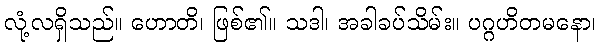
လုံ့လရှိသည်။ ဟောတိ၊ ဖြစ်၏။ သဒါ၊ အခါခပ်သိမ်း။ ပဂ္ဂဟိတမနော၊